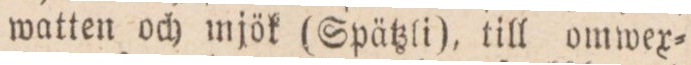
watten och mjök (Spätzli), till omwex=